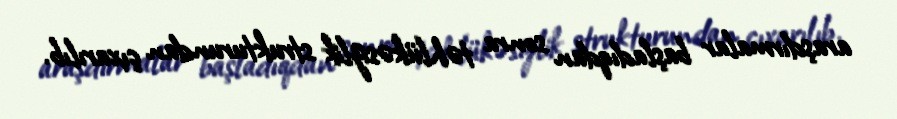
araşdırmalar başladıqdan sonra təhlükəsizlik strukturundan çıxarılıb.